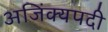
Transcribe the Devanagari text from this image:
अजिंक्यपदी